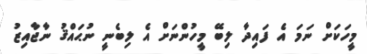
މީހަކަށް ނަމަ އެ ފައިދާ ލިބޭ މީހުންނަށް އެ ލިބެނީ ނުޙައްޤު ނާޖާއިޒު